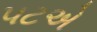
પટએ